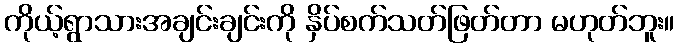
ကိုယ့်ရွာသားအချင်းချင်းကို နှိပ်စက်သတ်ဖြတ်တာ မဟုတ်ဘူး။